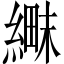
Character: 𬗱